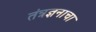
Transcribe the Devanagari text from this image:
तंत्रज्ञनाचा